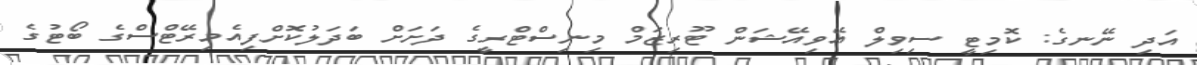
އަދި ނޭނގެ: ކޮމިޓީ ސިވިލް އޭވިއޭޝަން ޓޫރިޒަމް މިނިސްޓްރީގެ ދަށަށް ބަދަލުކޮށްފިއެމިރޭޓްސްގެ ބޯޓުގެ